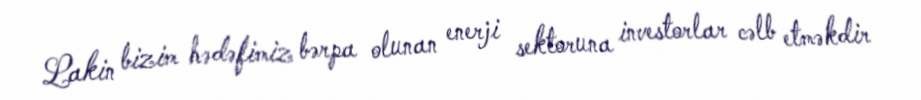
Lakin bizim hədəfimiz bərpa olunan enerji sektoruna investorlar cəlb etməkdir